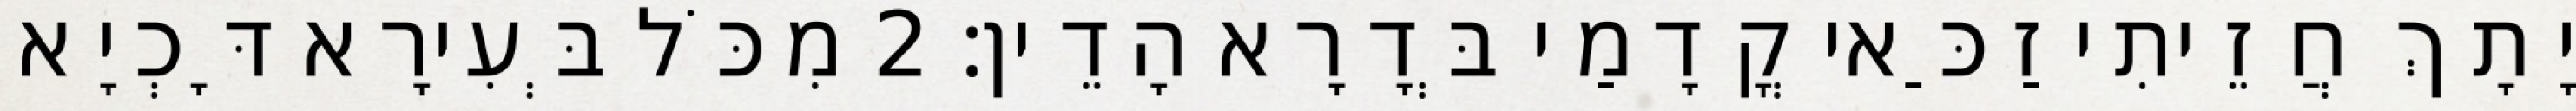
יָתָךְ חֲזֵיתִי זַכַּאי קֳדָמַי בְּדָרָא הָדֵין׃ 2 מִכֹּל בְּעִירָא דָּכְיָא